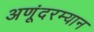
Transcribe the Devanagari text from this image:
अणूंदरम्यान